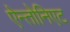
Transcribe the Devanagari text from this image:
ऐन्तोनिएट